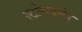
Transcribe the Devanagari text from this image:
स्टोनबर्नर